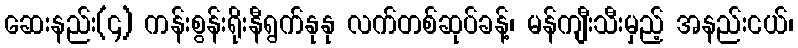
ဆေးနည်း(၄) ကန်းစွန်းရိုးနီရွက်နုနု လက်တစ်ဆုပ်ခန့်၊ မန်ကျီးသီးမှည့် အနည်းငယ်၊